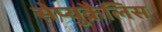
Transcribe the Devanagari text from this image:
सेप्युक्रैलिस